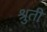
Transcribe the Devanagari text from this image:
श्रुतीं